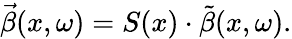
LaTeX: \vec{\beta}(x,\omega)=S(x)\cdot\tilde{\beta}(x,\omega).